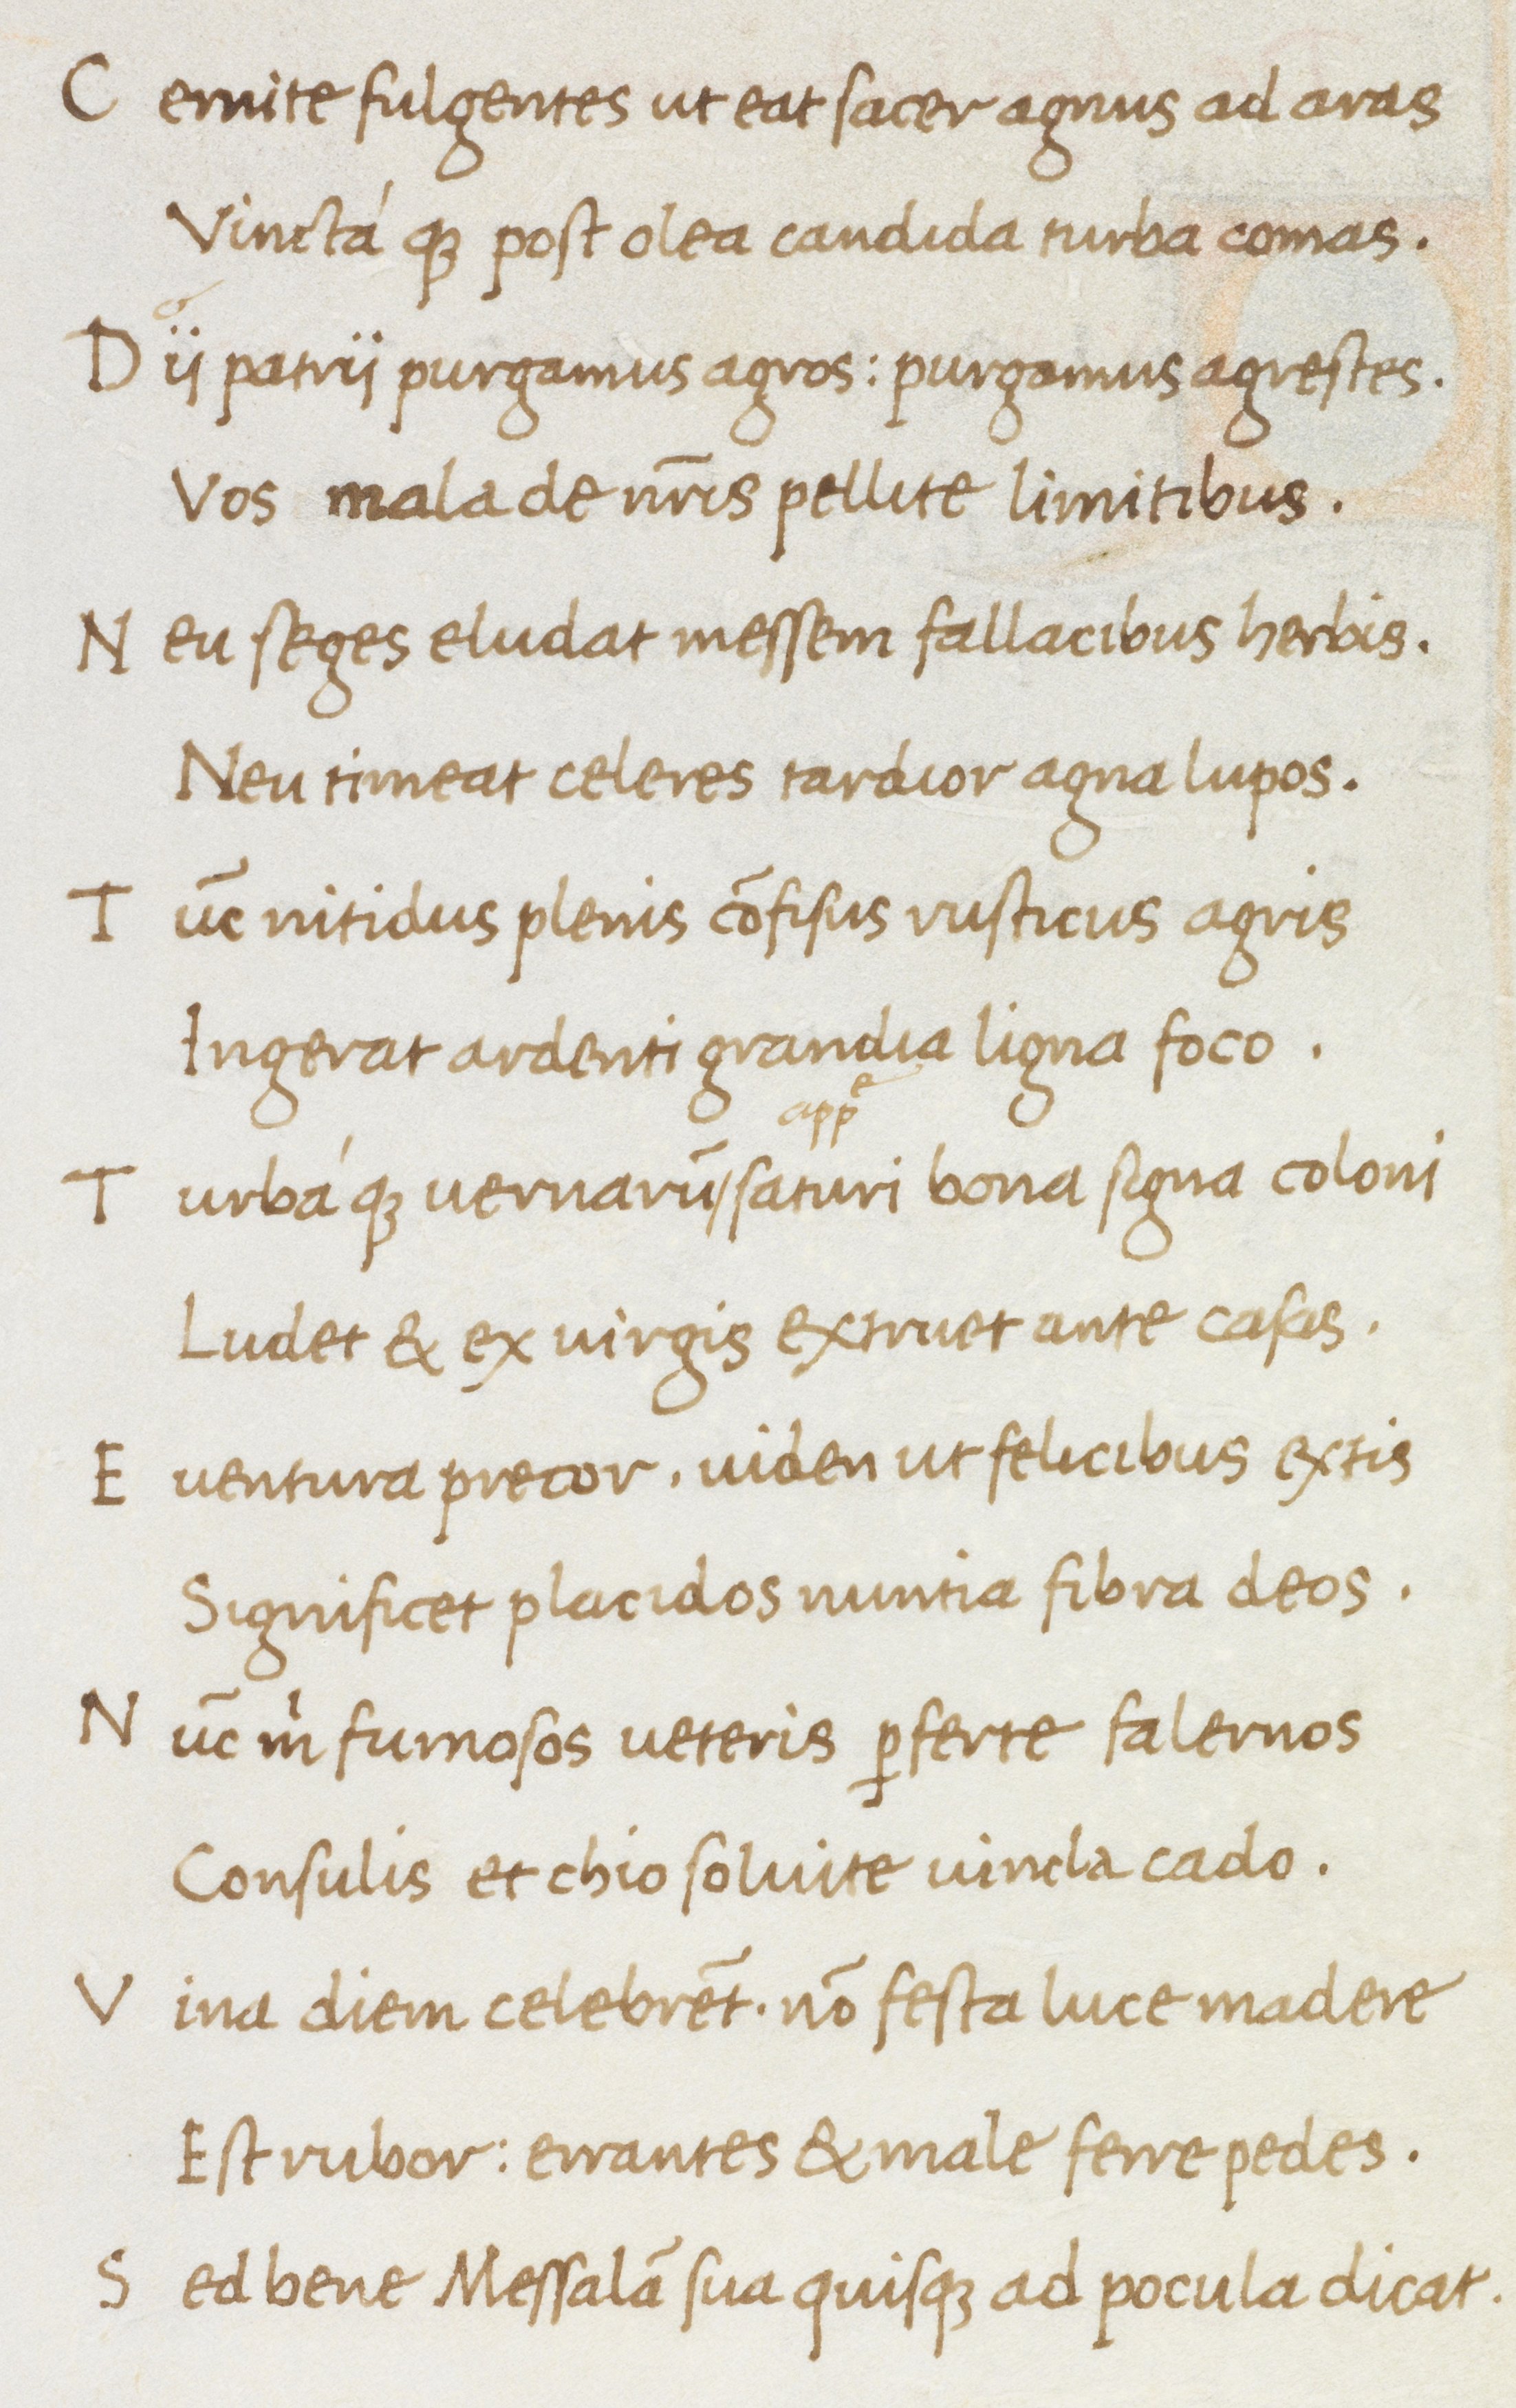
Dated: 1475–1495